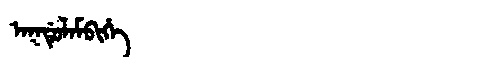
Manchu: ᠠᡴᡩᡠᠯᠠᠮᠪᡳᡥᡝ
Romanization: AKDULAMBIHE